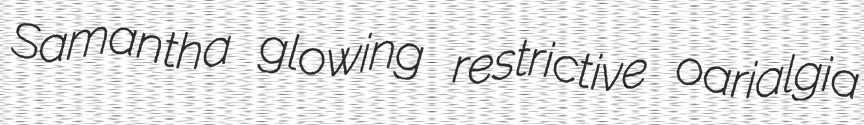
Samantha glowing restrictive oarialgia